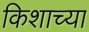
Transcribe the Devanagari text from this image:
किशाच्या